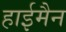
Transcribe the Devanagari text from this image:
हाईमैन